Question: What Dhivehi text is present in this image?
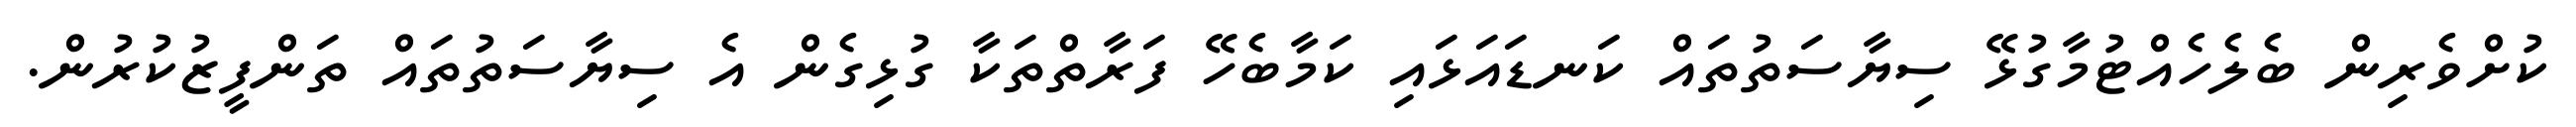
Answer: ކުށްވެރިން ބެލެހެއްޓުމާގުޅޭ ސިޔާސަތުތައް ކަނޑައަޅައި ކަމާބެހޭ ފަރާތްތަކާ ގުޅިގެން އެ ސިޔާސަތުތައް ތަންފީޒުކުރުން.